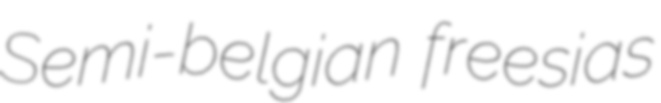
Semi-belgian freesias